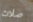
صلات